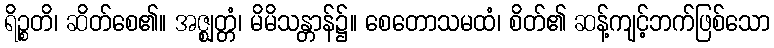
ရိဉ္စတိ၊ ဆိတ်စေ၏။ အဇ္ဈတ္တံ၊ မိမိသန္တာန်၌။ စေတောသမထံ၊ စိတ်၏ ဆန့်ကျင့်ဘက်ဖြစ်သော